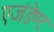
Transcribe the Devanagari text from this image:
एजंडेण्ट